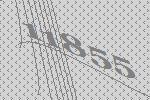
11855